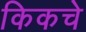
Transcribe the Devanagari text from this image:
किकचे